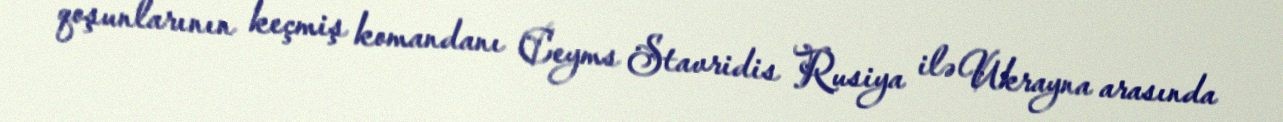
qoşunlarının keçmiş komandanı Ceyms Stavridis Rusiya ilə Ukrayna arasında